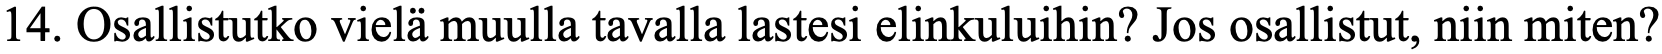
14. Osallistutko vielä muulla tavalla lastesi elinkuluihin? Jos osallistut, niin miten?